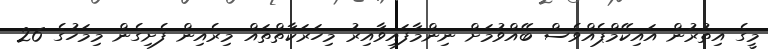
މީގެ އިތުރުން އައިކޭމްޕެއްވެސް ބޭއްވުމަށް ނިންމާފައިވާއިރު މިހަރަކާތްތައް މިރެއިން ފެށިގެން މިމަހުގެ 26